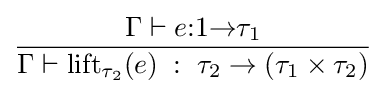
{\Gamma \vdash e{:}1{\to }\tau _{1}} \over {\Gamma \vdash \operatorname {lift} _{\tau _{2}}(e)\;:\;\tau _{2}\to (\tau _{1}\times \tau _{2})}